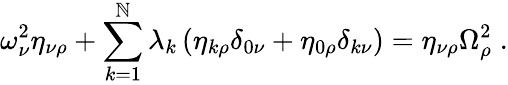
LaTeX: \omega_{\nu}^{2}\eta_{\nu\rho}+\sum_{k=1}^{\mathbb{N}}\lambda_{k}\left(\eta_{k\rho}\delta_{0\nu}+\eta_{0\rho}\delta_{k\nu}\right)=\eta_{\nu\rho}\Omega_{\rho}^{2}\; .